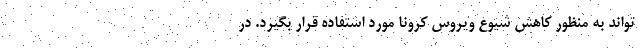
‌تواند به منظور کاهش شیوع ویروس کرونا مورد استفاده قرار بگیرد. در